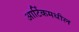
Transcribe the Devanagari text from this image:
आर्टिकमधील